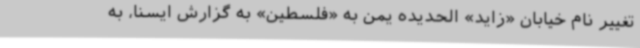
تغییر نام خیابان «زاید» الحدیده یمن به «فلسطین» به گزارش ایسنا، به